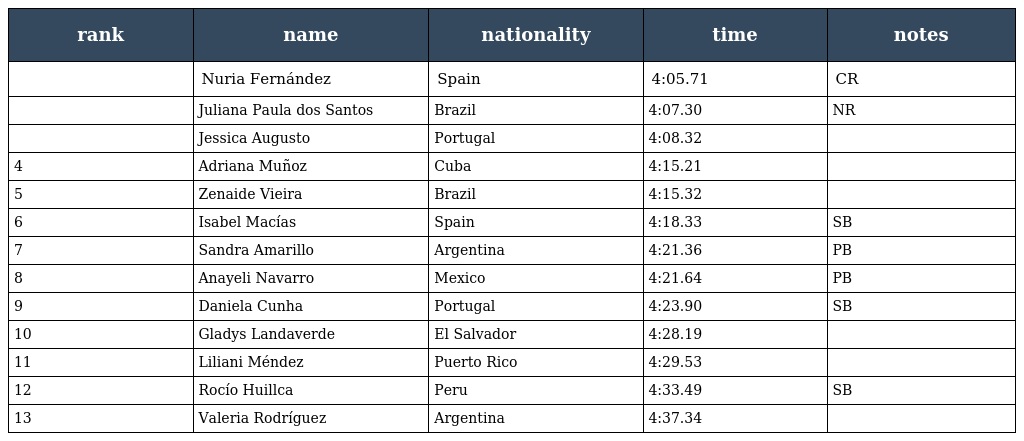
| rank | name | nationality | time | notes |
 | --- | --- | --- | --- | --- |
 |  | Nuria Fernández | Spain | 4:05.71 | CR |
 |  | Juliana Paula dos Santos | Brazil | 4:07.30 | NR |
 |  | Jessica Augusto | Portugal | 4:08.32 |  |
 | 4 | Adriana Muñoz | Cuba | 4:15.21 |  |
 | 5 | Zenaide Vieira | Brazil | 4:15.32 |  |
 | 6 | Isabel Macías | Spain | 4:18.33 | SB |
 | 7 | Sandra Amarillo | Argentina | 4:21.36 | PB |
 | 8 | Anayeli Navarro | Mexico | 4:21.64 | PB |
 | 9 | Daniela Cunha | Portugal | 4:23.90 | SB |
 | 10 | Gladys Landaverde | El Salvador | 4:28.19 |  |
 | 11 | Liliani Méndez | Puerto Rico | 4:29.53 |  |
 | 12 | Rocío Huillca | Peru | 4:33.49 | SB |
 | 13 | Valeria Rodríguez | Argentina | 4:37.34 |  |